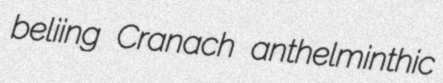
beliing Cranach anthelminthic